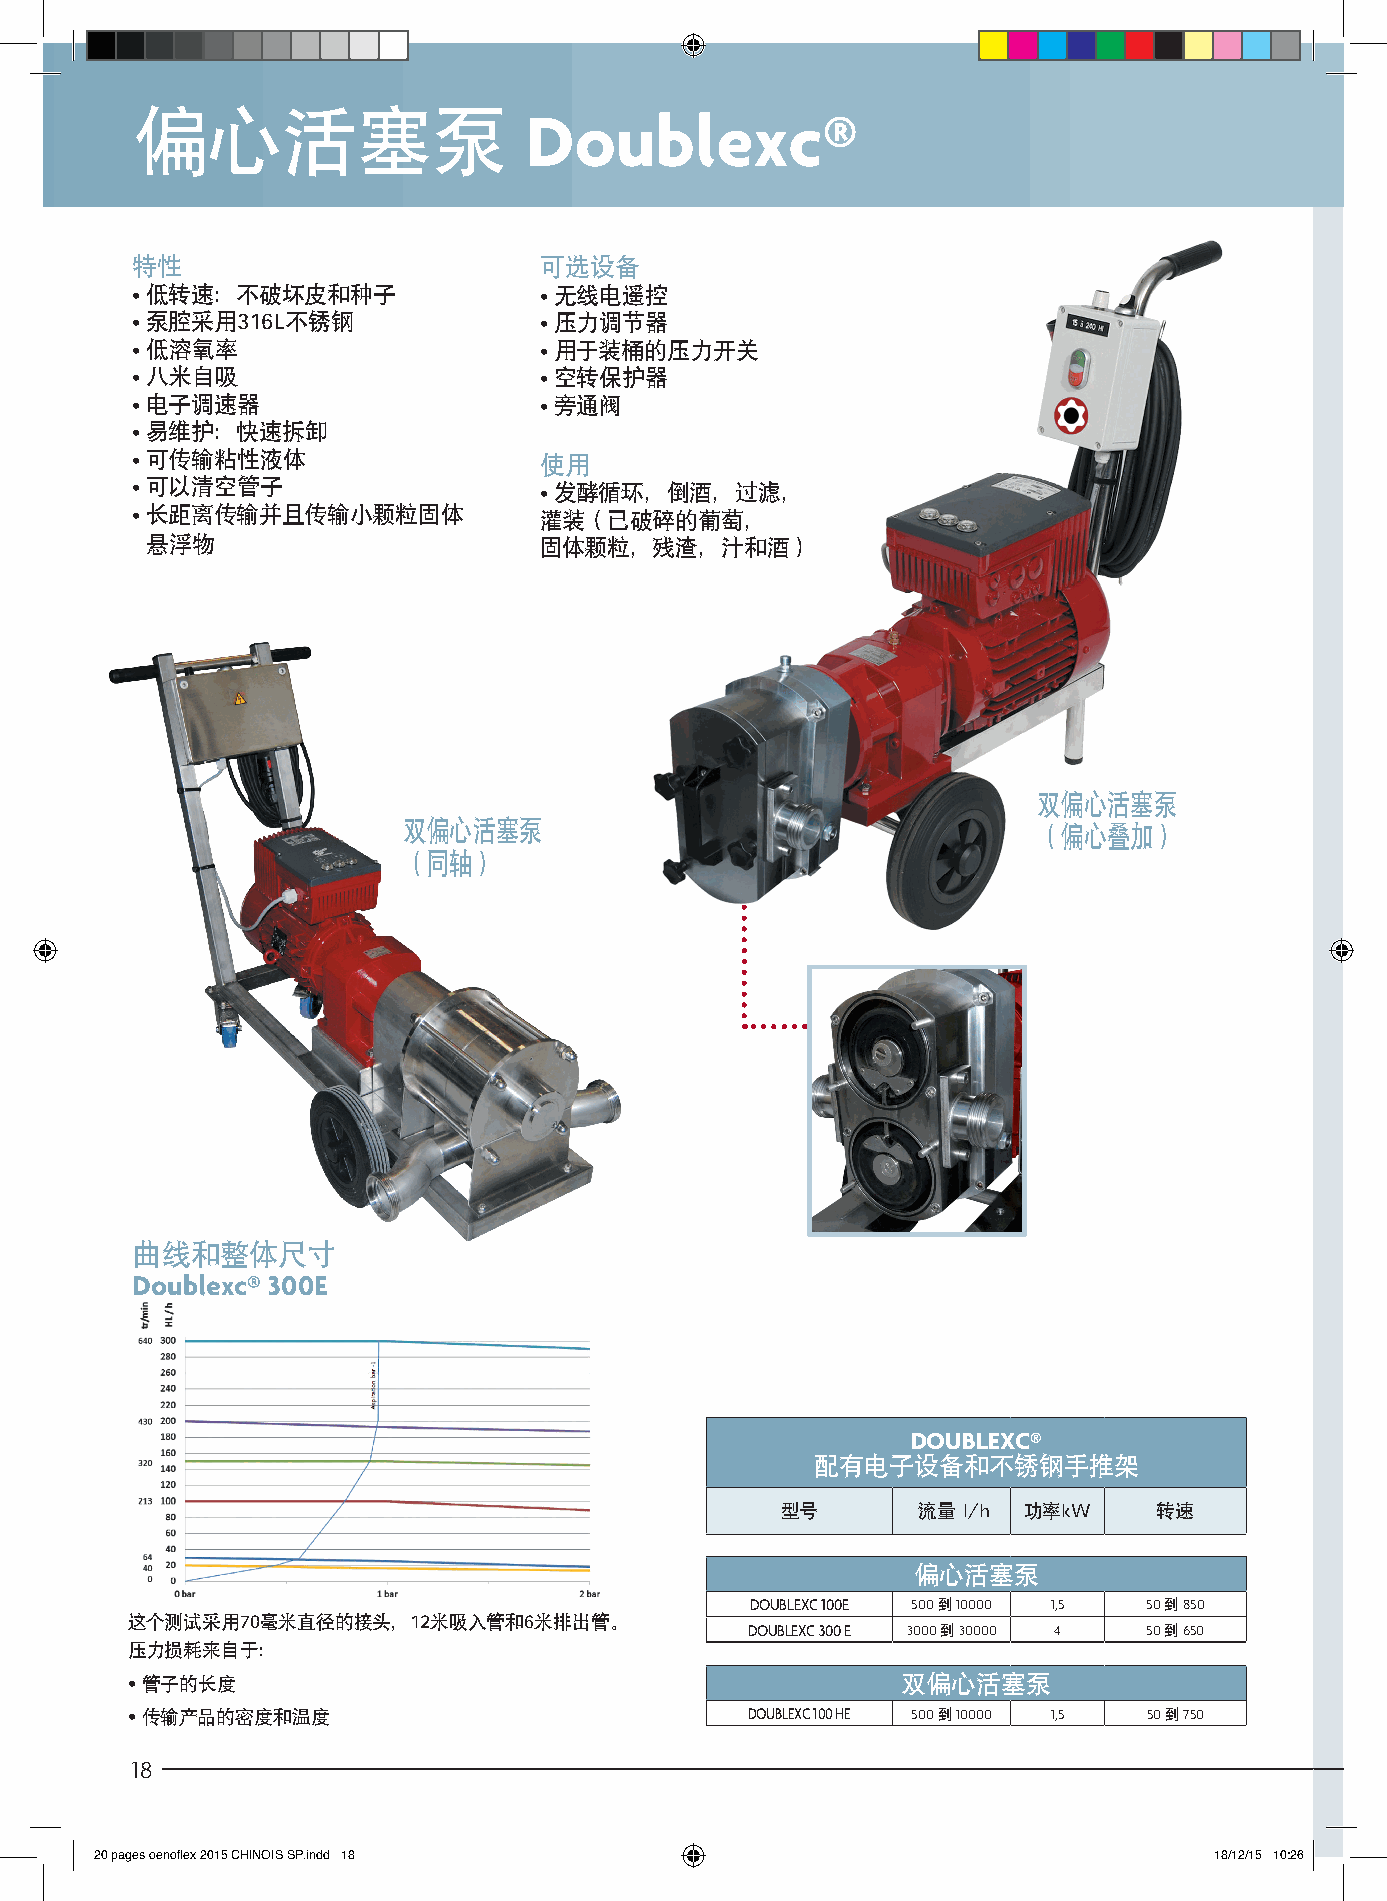
偏心活塞泵                     Doublexc®                                                                                                     可选配件
 特性                         可选设备
 • 低 转速：不破坏皮和种子             • 无线电遥控
 • 泵 腔采用316L不锈钢             • 压力调节器
 • 低 溶氧率                    • 用于装桶的压力开关
 • 八 米自吸                    • 空 转保护器
 • 电 子调速器                   • 旁通阀
 • 易 维护：快速拆卸
 • 可 传输粘性液体                 使用
 • 可 以清空管子                  • 发酵循环，倒酒，过滤，
 • 长 距离传输并且传输小颗粒固体          灌装（已破碎的葡萄，
 悬浮物                       固体颗粒，残渣，汁和酒）
 双偏心活塞泵
 双偏心活塞泵
 （偏心叠加）
 （同轴）
 曲线和整体尺寸
 Doublexc® 300E
 DOUBLEXC®
 配有电子设备和不锈钢手推架
 型号       流量 l/h 功率kW     转速
 偏心活塞泵
 DOUBLEXC 100E 500 到 10000 1,5 50 到 850
 这个测试采用70毫米直径的接头，12米吸入管和6米排出管。
 DOUBLEXC 300 E 3000 到 30000 4 50 到 650
 压力损耗来自于：
 • 管子的长度                                             双偏心活塞泵
 • 传输产品的密度和温度                              DOUBLEXC 100 HE 500 到 10000 1,5 50 到 750
 18
 20 pages oenoflex 2015 CHINOIS SP.indd 18                                 18/12/15 10:26